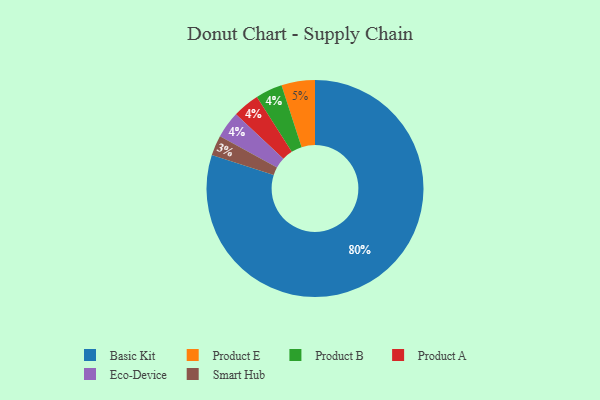
{"axis": {"x": "Category", "y": "Percentage"}, "legend": ["Basic Kit", "Eco-Device", "Product A", "Product B", "Product E", "Smart Hub"], "data": [{"x": "Basic Kit", "y": 80, "type": "Basic Kit"}, {"x": "Product B", "y": 4, "type": "Product B"}, {"x": "Product A", "y": 4, "type": "Product A"}, {"x": "Product E", "y": 5, "type": "Product E"}, {"x": "Smart Hub", "y": 3, "type": "Smart Hub"}, {"x": "Eco-Device", "y": 4, "type": "Eco-Device"}]}